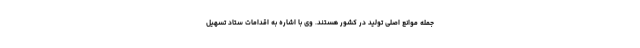
جمله موانع اصلی تولید در کشور هستند. وی با اشاره به اقدامات ستاد تسهیل